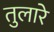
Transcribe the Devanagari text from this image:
तुलारे